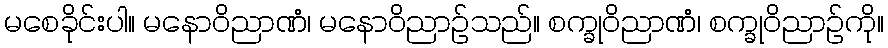
မစေခိုင်းပါ။ မနောဝိညာဏံ၊ မနောဝိညာဉ်သည်။ စက္ခုဝိညာဏံ၊ စက္ခုဝိညာဉ်ကို။